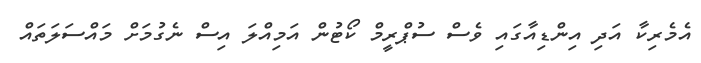
އެމެރިކާ އަދި އިންޑިއާގައި ވެސް ސުޕްރީމް ކޯޓުން އަމިއްލަ އިސް ނެގުމަށް މައްސަލަތައް